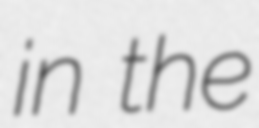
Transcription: in the